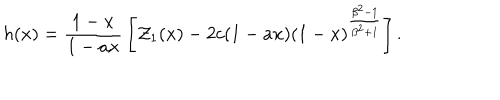
h ( x ) = { \frac { 1 - x } { 1 - a x } } \left[ { \cal Z } _ { 1 } ( x ) - 2 c ( 1 - a x ) ( 1 - x ) ^ { \frac { \beta ^ { 2 } - 1 } { \beta ^ { 2 } + 1 } } \right] .